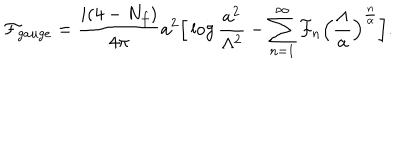
{ \cal F } _ { g a u g e } = \frac { i ( 4 - N _ { f } ) } { 4 \pi } a ^ { 2 } \Big [ \log \frac { a ^ { 2 } } { \Lambda ^ { 2 } } - \sum _ { n = 1 } ^ { \infty } { \cal F } _ { n } \Big ( \frac { \Lambda } { a } \Big ) ^ { \frac { n } { \alpha } } \Big ] .